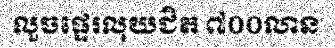
លួចផ្ទេរលុយជិត ៧០០លាន